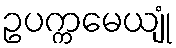
ဥပက္ကမေယျုံ